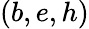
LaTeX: (b,e,h)